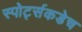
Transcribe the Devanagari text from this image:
स्पोर्ट्सकडेच